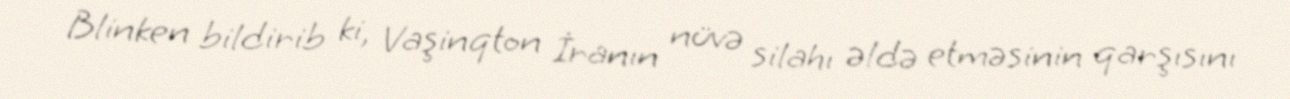
Blinken bildirib ki, Vaşinqton İranın nüvə silahı əldə etməsinin qarşısını